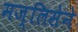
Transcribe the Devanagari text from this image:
मज्लिसेने